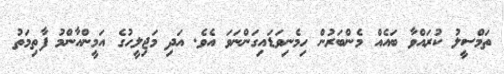
ތަމްސީލު ކުރައްވާ ބައެއް މެންބަރުން ހިމެނިވަޑައިގަންނަވަ އެވެ. އަދި މަޖިލީހުގެ އަމީންއާންމު ފާތިމަތު